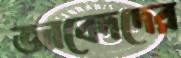
জাবেদদের